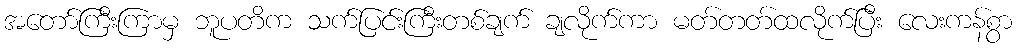
အတော်ကြီးကြာမှ ဘူပတိက သက်ပြင်းကြီးတစ်ချက် ချလိုက်ကာ မတ်တတ်ထလိုက်ပြီး လေးကန်စွာ